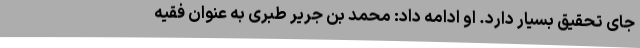
جای تحقیق بسیار دارد. او ادامه داد: محمد بن جریر طبری به عنوان فقیه